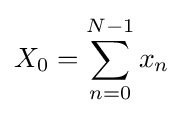
X_{0}=\sum _{n=0}^{N-1}x_{n}